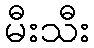
မီးသီး